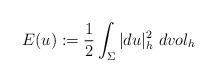
LaTeX: \begin{align*}E(u):=\frac{1}{2}\int_\Sigma |du|^2_h\ dvol_h\end{align*}